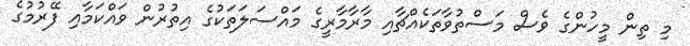
މި ތިން މީހުންގެ ވެސް މަސްތުވާތަކެއްޗާއި މާރާމާރީގެ މައްސަލަތަކުގެ އިތުރުން ވައްކަމާއި ފޭރުމުގެ